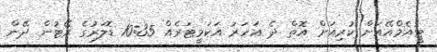
ޓީއެމްއޭއަށް ކުރިއަށް އޮތް ދެ އަހަރު އަކަމީޓަރެއް 10:35 ޑޮލަރުގެ ރޭޓުން ދޭން